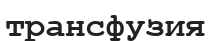
трансфузия